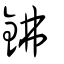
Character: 鉘